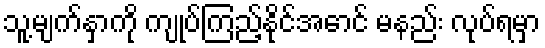
သူ့မျက်နှာကို ကျုပ်ကြည့်နိုင်အောင် မနည်း လုပ်ရမှာ